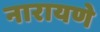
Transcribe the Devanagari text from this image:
नारायणे